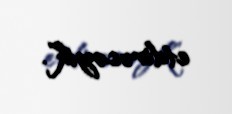
etdirəcəyik”.